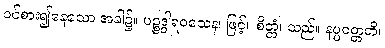
ဝင်စား၍နေသော အခါ၌။ ပဉ္စဒွါရဝသေန၊ ဖြင့်။ စိတ္တံ၊ သည်။ နပ္ပဝတ္တတိ၊